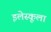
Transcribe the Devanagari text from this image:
इलेस्कूला